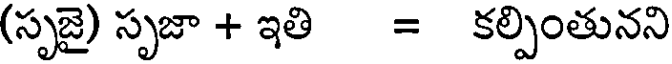
(సృజై) సృజా + ఇతి = కల్పింతునని